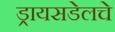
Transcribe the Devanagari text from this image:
ड्रायसडेलचे